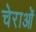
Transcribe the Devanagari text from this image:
चेराओं